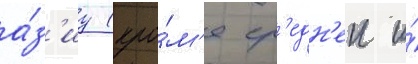
а́з'иу (кро́м'е ср'едн'еи и́